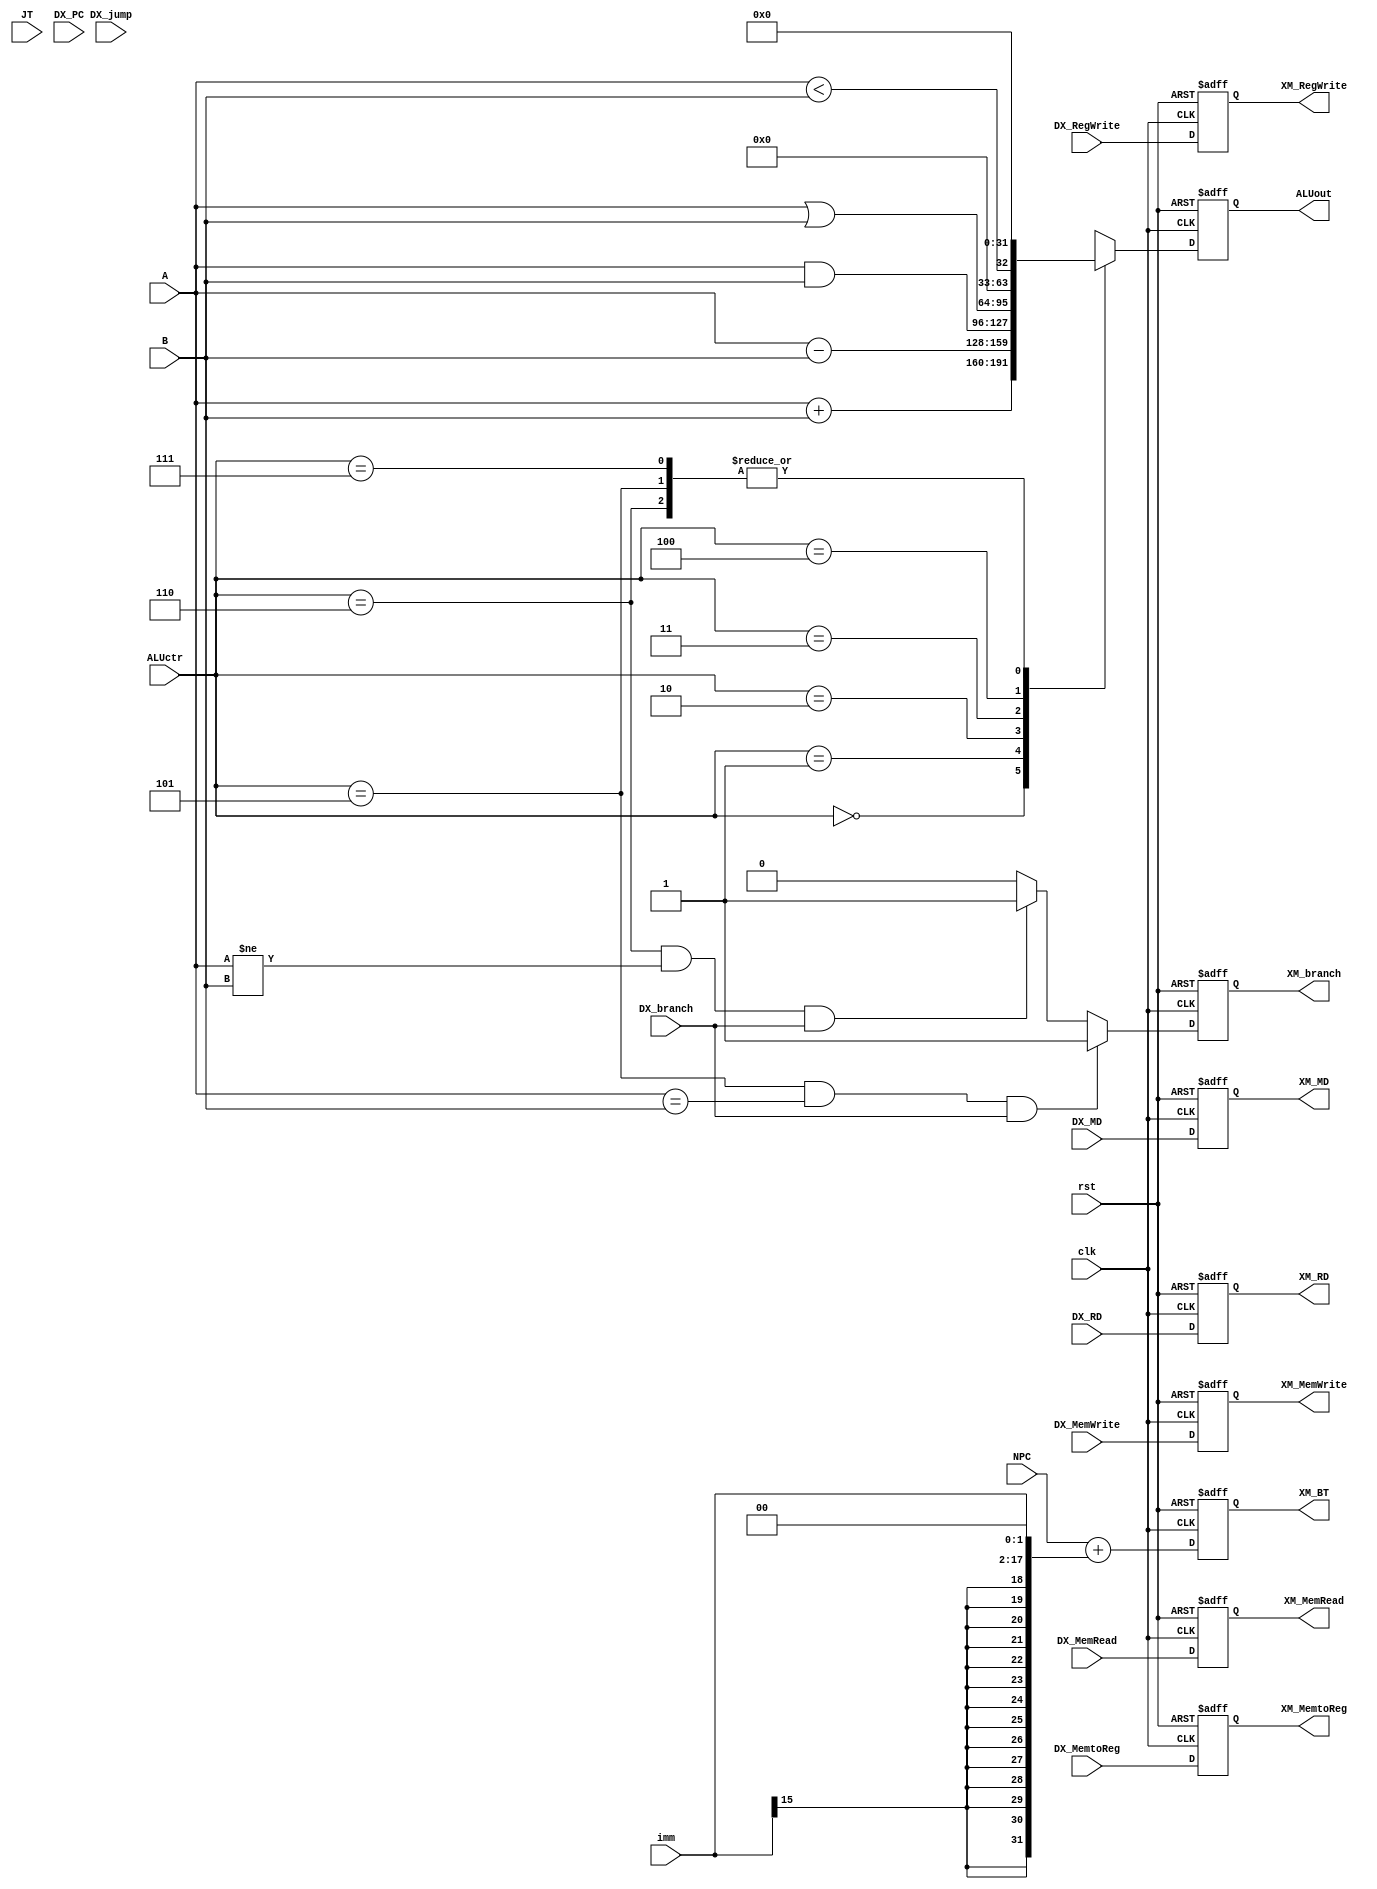

module EXECUTION(
	clk,
	rst,
	DX_MemtoReg,
	DX_RegWrite,
	DX_MemRead,
	DX_MemWrite,
	DX_branch,
	ALUctr,
	NPC,
	A,
	B,
	imm,
	DX_RD,
	DX_MD,
	
	JT,
	DX_PC,
	DX_jump,

	XM_MemtoReg,
	XM_RegWrite,
	XM_MemRead,
	XM_MemWrite,
	XM_branch,
	ALUout,
	XM_RD,
	XM_MD,
	XM_BT
);

input clk, rst, DX_MemtoReg, DX_RegWrite, DX_MemRead, DX_MemWrite, DX_branch, DX_jump;
input [2:0] ALUctr;
input [31:0]JT, DX_PC, NPC, A, B;
input [15:0]imm;
input [4:0] DX_RD;
input [31:0] DX_MD;

output reg XM_MemtoReg, XM_RegWrite, XM_MemRead, XM_MemWrite, XM_branch;
output reg [31:0]ALUout, XM_BT;
output reg [4:0] XM_RD;
output reg [31:0] XM_MD;

//set pipeline register
always @(posedge clk or posedge rst)
begin
	if(rst) begin //?????
		XM_MemtoReg	<= 1'b0;
		XM_RegWrite	<= 1'b0;
		XM_MemRead 	<= 1'b0;
		XM_MemWrite	<= 1'b0;
		XM_RD 	   	<= 5'b0;
		XM_MD 	   	<= 32'b0;
		XM_branch	<= 1'b0;
		XM_BT		<=32'b0;
	end else begin
		XM_MemtoReg	<= DX_MemtoReg;
		XM_RegWrite	<= DX_RegWrite;
		XM_MemRead 	<= DX_MemRead;
		XM_MemWrite	<= DX_MemWrite;
		XM_RD 	   	<= DX_RD;
		XM_MD 	   	<= DX_MD;
	    XM_branch<=((ALUctr==32'd5) && (A == B) && (DX_branch))? 1'b1: ((ALUctr==32'd6) && (A != B) && (DX_branch))?1'b1:1'b0;
		XM_BT<=NPC+{ { 15{imm[15]}}, imm, 2'b0};  //Branch Target = ????PC?? + ??? (EX. beq??)
		//beq???"execution"???????????????ALUout???????????0
	end
end

always @(posedge clk or posedge rst)
begin
   if(rst) begin
   		ALUout <= 32'b0;
   end else begin
   		case(ALUctr)		
			
		  	3'd0: //add / lw ...  //bIDqwgXXOFAOn@B?
                            ALUout <= A + B;
                       3'd1:
                           ALUout <= A - B;
                       3'd2:
                           ALUout <= A & B;
                       3'd3:
                           ALUout <= A | B;
                       3'd4:
                           ALUout <= A < B;
                       3'd5:
                           ALUout <= 0;
                       3'd6:
                           ALUout <= 0;
                       3'd7:
                           ALUout <= 0;
		endcase
   end
end


endmodule